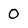
Character: 0